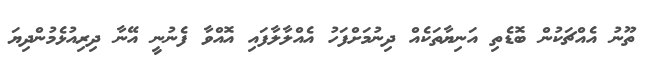
ތޫނު އެއްޗަކުން ބޮޑެތި އަނިޔާތަކެއް ދިނުމަށްފަހު އެއްލާލާފައި އޮއްވާ ފެނުނީ އޭނާ ދިރިއުޅެމުންދިޔަ